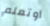
أوتعلم